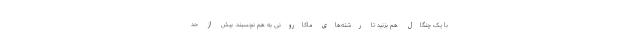
با یک چنگال هم بزنید تا رشته‌های ماکارونی به هم نچسبند. بیش از حد